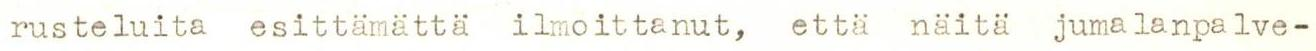
rusteluita esittämättä ilmoittanut, että näitä jumalanpalve-